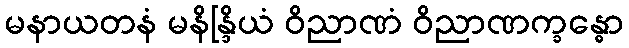
မနာယတနံ မနိန္ဒြိယံ ဝိညာဏံ ဝိညာဏက္ခန္ဓော